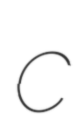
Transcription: c